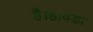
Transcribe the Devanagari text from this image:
है।हावड़ा